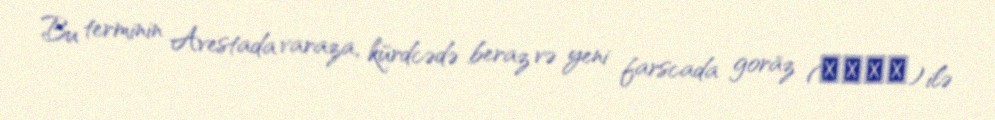
Bu terminin Avestada varaza, kürdcədə beraz və yeni farscada gorāz (گراز) ilə